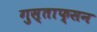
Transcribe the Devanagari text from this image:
गुस्ताफ्सन